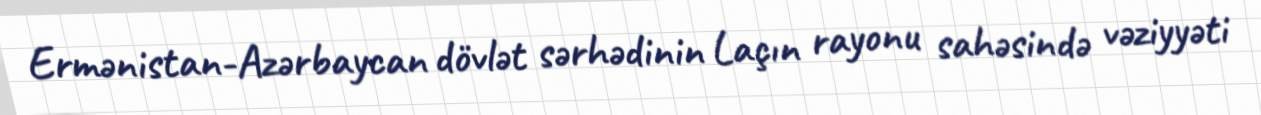
Ermənistan-Azərbaycan dövlət sərhədinin Laçın rayonu sahəsində vəziyyəti